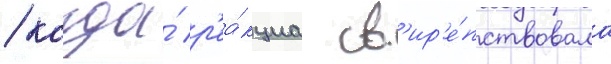
/ когда́ р'еа́кциа св'ир'е́пствовала